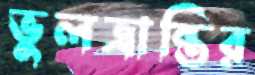
ভুলভ্রান্তির